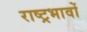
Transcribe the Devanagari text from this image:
राष्ट्रभावों